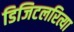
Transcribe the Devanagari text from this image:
डिजिटलरित्या